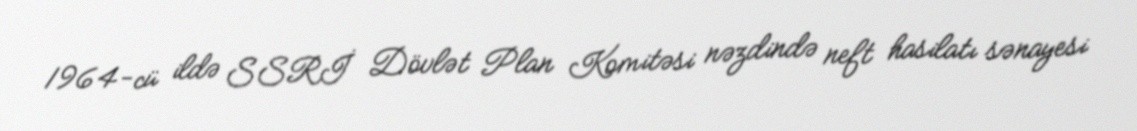
1964-cü ildə SSRİ Dövlət Plan Komitəsi nəzdində neft hasilatı sənayesi